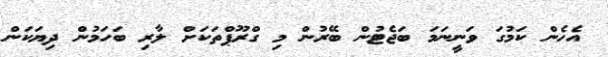
އެހެން ކަމުގަ ވަނީނަމަ ބަޖެޓުން ބޭރުން މި ގްރޫޕްތަކަށް ލާރި ބަހަމުން ދިޔަކަން